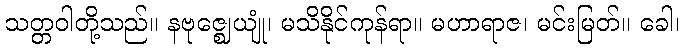
သတ္တဝါတို့သည်။ နဗုဇ္ဈေယျုံ၊ မသိနိုင်ကုန်ရာ။ မဟာရာဇ၊ မင်းမြတ်။ ခေါ၊